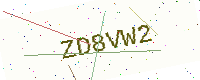
Text: ZD8VW2